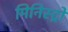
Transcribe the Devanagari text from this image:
मिनिस्ट्रो